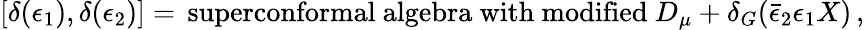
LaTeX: \left[\delta(\epsilon_{1}),\delta(\epsilon_{2})\right]=\, \mathrm{superconformal~algebra~with~modified~}D_{\mu}+\delta_{G}(\bar{\epsilon}_{2}\epsilon_{1}X)\, ,